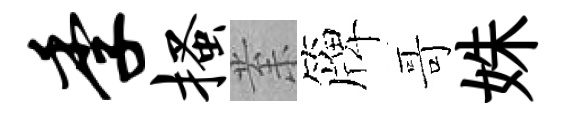
季搔𭪙簰哥姝